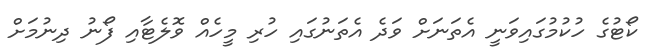
ކޯޓުގެ ހުކުމުގައިވަނީ އެތަނަށް ވަދެ އެތަނުގައި ހުރި މީހެއް ވޮލެޓާއި ފޯނު ދިނުމަށް